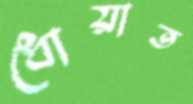
ধোয়াত